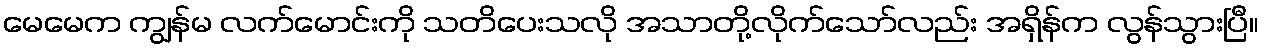
မေမေက ကျွန်မ လက်မောင်းကို သတိပေးသလို အသာတို့လိုက်သော်လည်း အရှိန်က လွန်သွားပြီ။